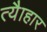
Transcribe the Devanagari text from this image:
त्यैाहार